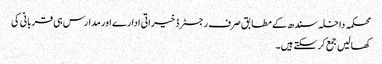
محکمہ داخلہ سندھ کے مطابق صرف رجسٹرڈ خیراتی ادارے اور مدارس ہی قربانی کی
کھالیں جمع کرسکتے ہیں۔